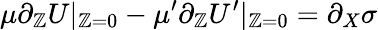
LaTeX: \mu\partial_{\mathbb{Z}}U\vert_{\mathbb{Z}=0}-\mu^{\prime}\partial_{\mathbb{Z}}U^{\prime}\vert_{\mathbb{Z}=0}=\partial_{X}\sigma